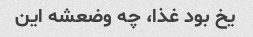
یخ بود غذا، چه وضعشه این